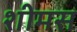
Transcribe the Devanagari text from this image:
शीमस